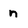
Character: n